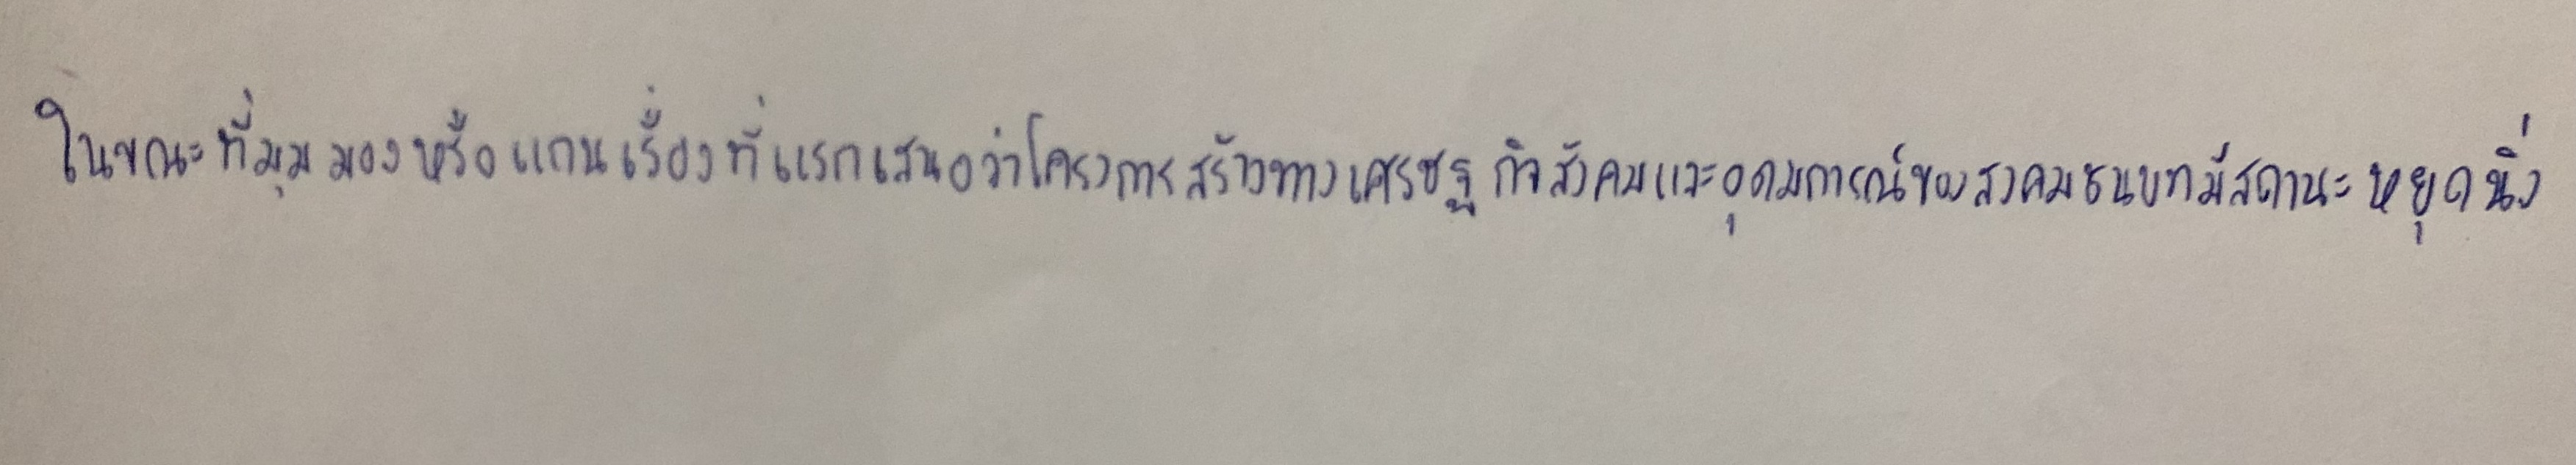
ในขณะที่มุมมองหรือแกนเรื่องที่แรกเสนอว่าโครงสร้างทางเศรษฐกิจสังคมและอุดมกาณ์ของสงคมชนบทมีสถานะหยุดนิ่ง